Leaving Certificate Examination, 1913
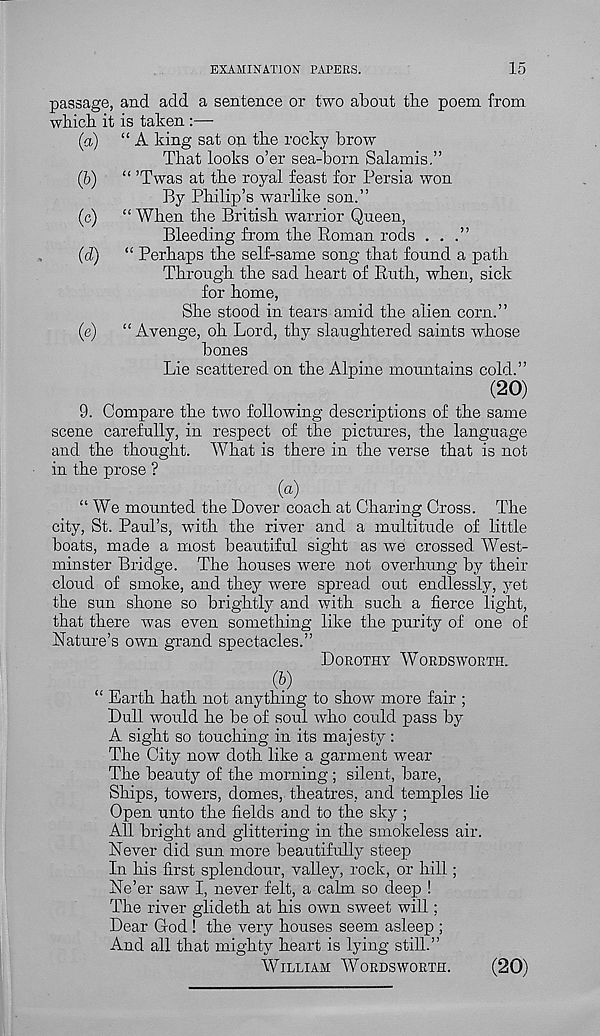
EXAMINATION PAPERS.
15
passage, and add a sentence or two about the poem from
which it is taken :—
(a) “A king sat on the rocky brow
That looks o’er sea-born Salamis.”
(&) “ ’Twas at the royal feast for Persia won
By Philip’s warlike son.”
(c) “ When the British warrior Queen,
Bleeding from the Roman rods ...”
(d) “ Perhaps the self-same song that found a path
Through the sad heart of Ruth, when, sick
for home,
She stood in tears amid the alien corn.”
(e) “ Avenge, oh Lord, thy slaughtered saints whose
bones
Lie scattered on the Alpine mountains cold.”
(20)
9. Compare the two following descriptions of the same
scene carefully, in respect of the pictures, the language
and the thought. What is there in the verse that is not
in the prose ?
“ We mounted the Dover coach at Charing Cross. The
city, St. Paul’s, with the river and a multitude of little
boats, made a most beautiful sight as we crossed AVest-
minster Bridge. The houses were not overhung by their
cloud of smoke, and they were spread out endlessly, yet
the sun shone so brightly and with such a fierce light,
that there was even something like the purity of one of
Nature’s own grand spectacles.”
DOROTHY AVORDSWORTH.
( & )
“ Earth hath not anything to show more fair ;
Dull would he be of soul who could pass by
A sight so touching in its majesty:
The City now doth like a garment wear
The beauty of the morning ; silent, bare,
Ships, towers, domes, theatres, and temples lie
Open unto the fields and to the sky ;
All bright and glittering in the smokeless air.
Never did sun more beautifully steep
In his first splendour, valley, rock, or hill;
Ne’er saw I, never felt, a calm so deep !
The river glideth at his own sweet will;
Dear God ! the very houses seem asleep ;
And all that mighty heart is lying still.”
WILLIAM AVORDSWORTH.
(20)